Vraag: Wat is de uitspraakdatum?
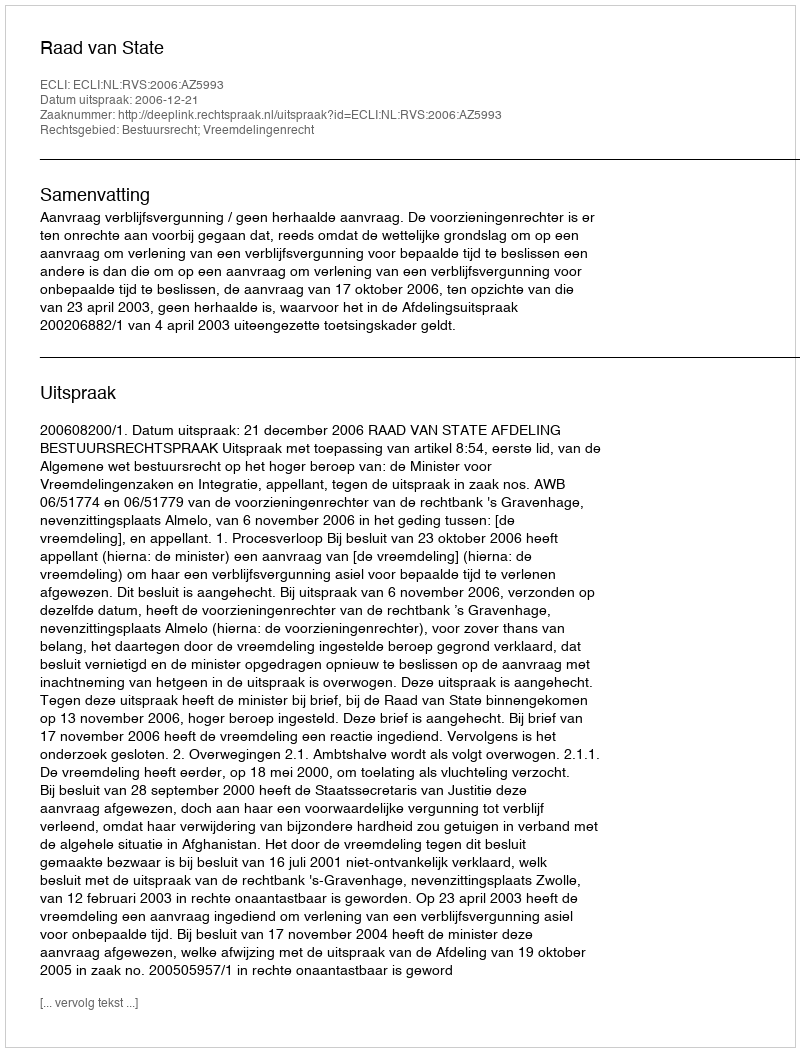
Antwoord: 2006-12-21